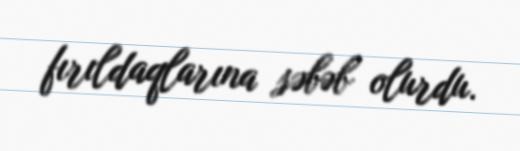
fırıldaqlarına səbəb olurdu.